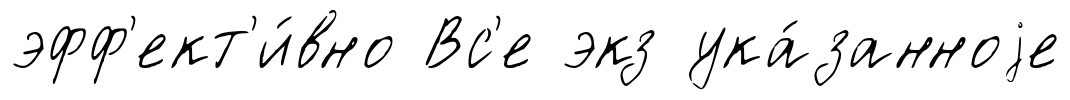
эфф'ект'и́вно Вс'е экз ука́занноjе